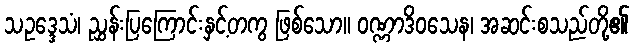
သဥဒ္ဒေသံ၊ ညွှန်းပြကြောင်းနှင့်တကွ ဖြစ်သော။ ဝဏ္ဏာဒိဝသေန၊ အဆင်းစသည်တို့၏